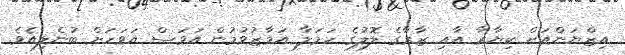
އިޒްޔަންއަށް ކިޔާރާ އާއި ޒާރާގެ ލޮލުގެ ހަމަލާ އަމާޒުވުމުން އަވަސް އަވަހަށް ބުނެލިއެވެ.